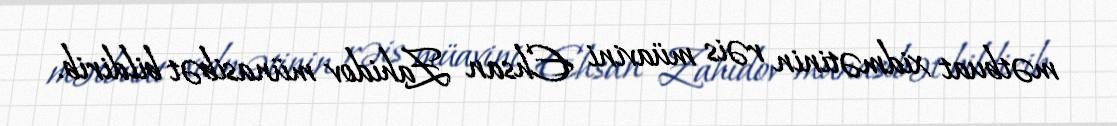
mətbuat xidmətinin rəis müavini Ehsan Zahidov münasibət bildirib.